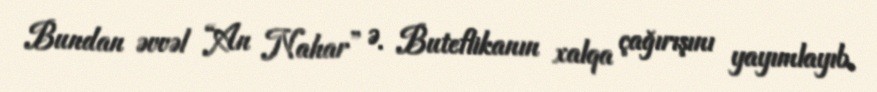
Bundan əvvəl “An Nahar” Ə. Buteflikanın xalqa çağırışını yayımlayıb.